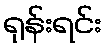
ရုန်းရင်း